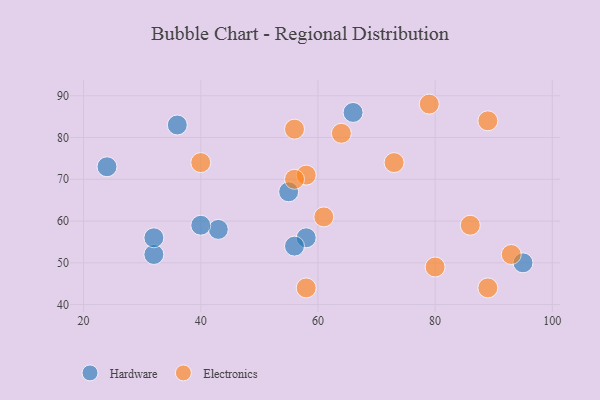
{"axis": {"x": "GDP", "y": "Life Expectancy"}, "legend": ["Electronics", "Hardware"], "data": [{"x": "55", "y": 67, "type": "Hardware"}, {"x": "32", "y": 52, "type": "Hardware"}, {"x": "24", "y": 73, "type": "Hardware"}, {"x": "43", "y": 58, "type": "Hardware"}, {"x": "58", "y": 56, "type": "Hardware"}, {"x": "95", "y": 50, "type": "Hardware"}, {"x": "32", "y": 56, "type": "Hardware"}, {"x": "56", "y": 54, "type": "Hardware"}, {"x": "66", "y": 86, "type": "Hardware"}, {"x": "40", "y": 59, "type": "Hardware"}, {"x": "36", "y": 83, "type": "Hardware"}, {"x": "64", "y": 81, "type": "Electronics"}, {"x": "73", "y": 74, "type": "Electronics"}, {"x": "61", "y": 61, "type": "Electronics"}, {"x": "86", "y": 59, "type": "Electronics"}, {"x": "80", "y": 49, "type": "Electronics"}, {"x": "79", "y": 88, "type": "Electronics"}, {"x": "89", "y": 84, "type": "Electronics"}, {"x": "56", "y": 82, "type": "Electronics"}, {"x": "58", "y": 71, "type": "Electronics"}, {"x": "93", "y": 52, "type": "Electronics"}, {"x": "89", "y": 44, "type": "Electronics"}, {"x": "40", "y": 74, "type": "Electronics"}, {"x": "56", "y": 70, "type": "Electronics"}, {"x": "58", "y": 44, "type": "Electronics"}]}